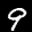
Label: 9